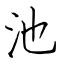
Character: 池